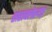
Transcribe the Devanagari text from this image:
सरावलेल्या